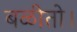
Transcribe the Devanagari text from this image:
बळीतो।